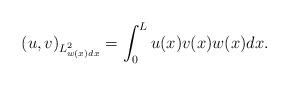
LaTeX: \begin{align*}(u,v)_{L^2_{w(x)dx}}=\int_0^L u(x)v(x) w(x)dx. \end{align*}